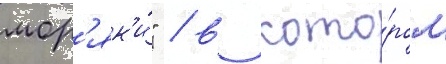
мор'як'и́" / в кото́ром